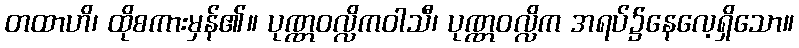
တထာဟိ၊ ထိုစကားမှန်၏။ ပုဏ္ဏဝလ္လိကဝါသီ၊ ပုဏ္ဏဝလ္လိက အရပ်၌နေလေ့ရှိသော။